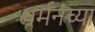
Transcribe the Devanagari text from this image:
थर्मनच्या